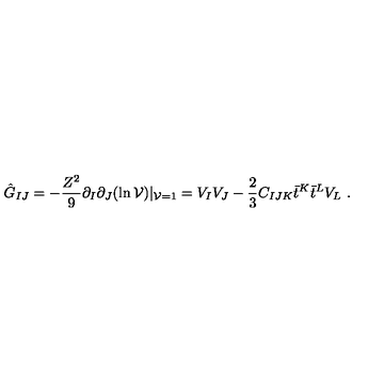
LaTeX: \hat { G } _ { I J } = - { \frac { Z ^ { 2 } } { 9 } } \partial _ { I } \partial _ { J } ( \ln { \cal V } ) | _ { { \cal V } = 1 } = V _ { I } V _ { J } - { \frac { 2 } { 3 } } C _ { I J K } \bar { t } ^ { K } \bar { t } ^ { L } V _ { L } \ .